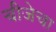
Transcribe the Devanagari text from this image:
चीजेचा